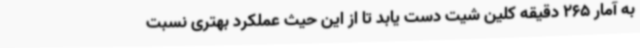
به آمار 265 دقیقه کلین شیت دست یابد تا از این حیث عملکرد بهتری نسبت